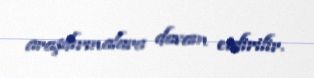
araşdırmalara davam etdirilir.